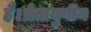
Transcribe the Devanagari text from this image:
है।त्रेतायुगीन